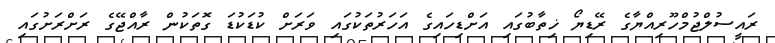
ރައީސުލްޖުމްހޫރިއްޔާގެ ރޭޑިޔޯ ޚިތާބުގައި އަށްޑިހައިގެ އަހަރުތަކުގައި ވަރަށް ކުޑަކުޑަ ގޮތަކުން ރާއްޖޭގެ ރަށްރަށުގައި